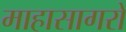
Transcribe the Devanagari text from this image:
माहासागरों